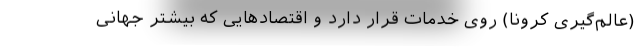
(عالم‌گیری کرونا) روی خدمات قرار دارد و اقتصادهایی که بیشتر جهانی